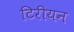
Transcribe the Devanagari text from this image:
टिरीयन